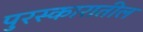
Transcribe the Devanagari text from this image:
पुरस्कारातील